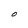
Character: O